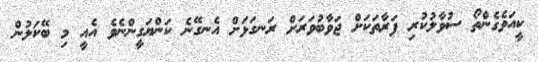
ކީއަވެގެންތޯ ސުވާލުކުރި ފަރާތަކަށް ޖަވާބުވަރަށް ރަނގަޅަށް އެނގޭނެ ކަންޔަގީންނެވެ އެއީ މި ބޭކަލުން